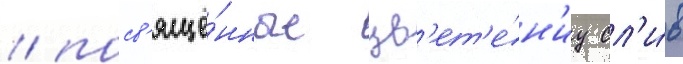
/ посв'ящё́нные цв'ет'е́н'иу сл'и́в